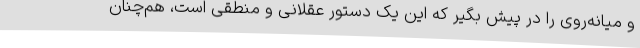
و میانه‌روی را در پیش بگیر که این یک دستور عقلانی و منطقی است، هم‌چنان